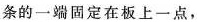
条的一端固定在板上一点，